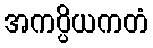
အကပ္ပိယကတံ